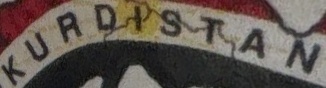
KURDISTAN